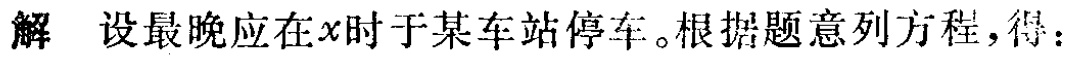
解 设最晚应在\(x\)时于某车站停车。根据题意列方程，得：